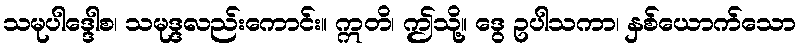
သမုပါဒ္ဒေါစ၊ သမုဒ္ဒလည်းကောင်း။ ဣတိ၊ ဤသို့။ ဒွေ ဥပါသကာ၊ နှစ်ယောက်သော